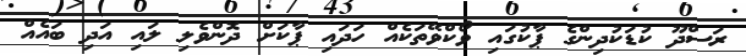
ރަސްދޫ ކުޑަކުދިންގެ ޕާކުގައި ވޯކްވޭތަކެއް ހަދައި ޕާކަށް ދޮންވެލި ލައި އަދި ބައެއް